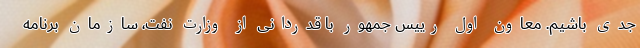
جدی باشیم. معاون اول رییس جمهور با قدردانی از وزارت نفت، سازمان برنامه